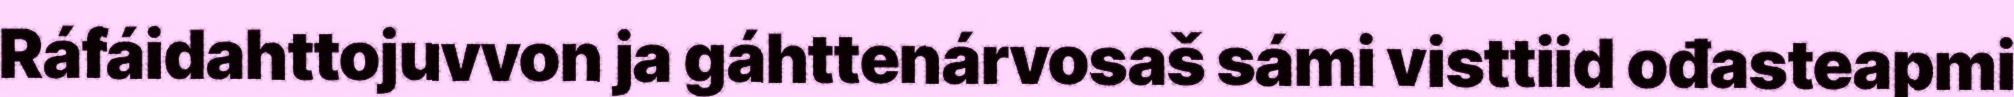
Ráfáidahttojuvvon ja gáhttenárvosaš sámi visttiid ođasteapmi